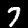
Digit: 7